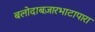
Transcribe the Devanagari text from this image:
बलोदाबज़ारभाटापारा